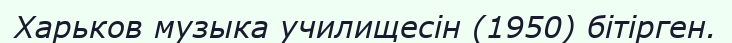
Харьков музыка училищесін (1950) бітірген.